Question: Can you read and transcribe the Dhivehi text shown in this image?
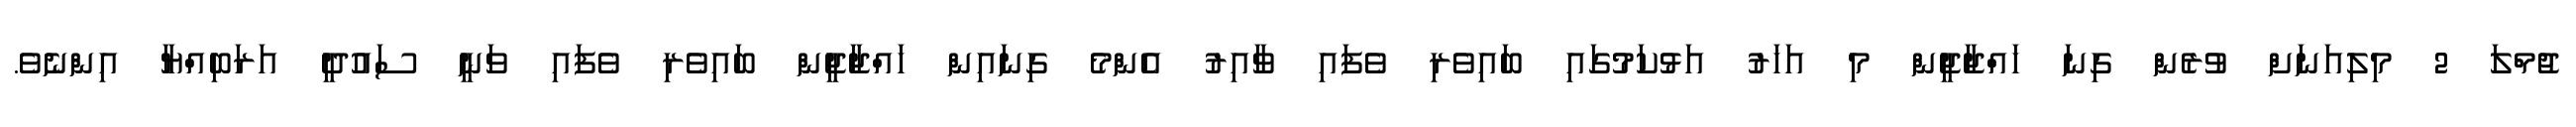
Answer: ޖުމްލަ 2 މިލިއަނަށް ވުރެން ގިނަ ހައްޖާޖީން މި އަހަރު އަޅުކަމުގައި ބައިވެރި ވެފައި ވާއިރު އެންމެ ގިނައިން ހައްޖާޖީން ބައިވެރި ވެފައި ވަނީ ސައުދީ އަރަބިއްޔާ އިންނެވެ.